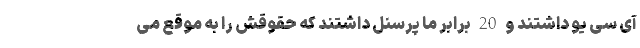
آی سی یو داشتند و 20 برابر ما پرسنل داشتند که حقوقش را به موقع می